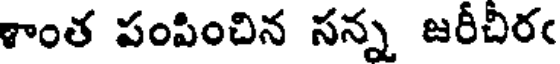
శాంత పంపించిన సన్న జరీచీరఁ